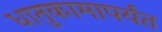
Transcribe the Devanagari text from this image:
धातुकामापर्यंत